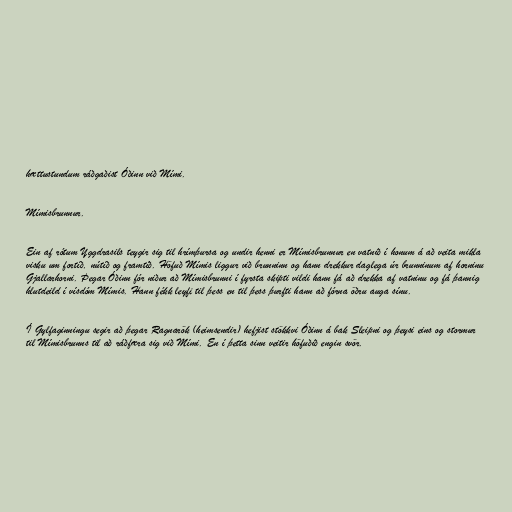
hættustundum ráðgaðist Óðinn við Mími.

Mímisbrunnur.

Ein af rótum Yggdrasils teygir sig til hrímþursa og undir henni er Mímisbrunnur en vatnið í honum á að veita mikla
visku um fortíð, nútíð og framtíð. Höfuð Mímis liggur við brunninn og hann drekkur daglega úr brunninum af horninu
Gjallarhorni. Þegar Óðinn fór niður að Mímisbrunni í fyrsta skipti vildi hann fá að drekka af vatninu og fá þannig
hlutdeild í vísdóm Mímis. Hann fékk leyfi til þess en til þess þurfti hann að fórna öðru auga sínu.

Í Gylfaginningu segir að þegar Ragnarök (heimsendir) hefjist stökkvi Óðinn á bak Sleipni og þeysi eins og stormur
til Mímisbrunns til að ráðfæra sig við Mími. En í þetta sinn veitir höfuðið engin svör.